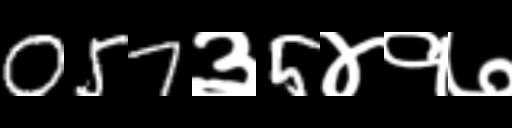
Text: 057३5४१७